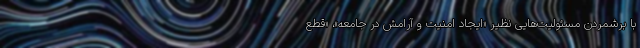
با برشمردن مسئولیت‌هایی نظیر «ایجاد امنیت و آرامش در جامعه»، «قطع